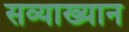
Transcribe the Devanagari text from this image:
सव्याख्यान